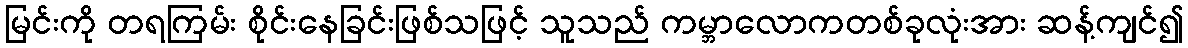
မြင်းကို တရကြမ်း စိုင်းနေခြင်းဖြစ်သဖြင့် သူသည် ကမ္ဘာလောကတစ်ခုလုံးအား ဆန့်ကျင်၍